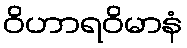
ဝိဟာရဝိမာနံ